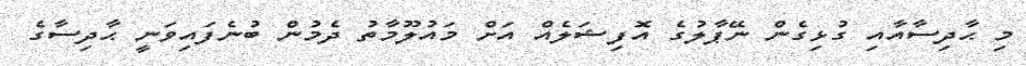
މި ޙާދިސާއާއި ގުޅިގެން ނޭޕާލުގެ އޮފިޝަލެއް އަށް މައުލޫމާތު ދެމުން ބުނެފައިވަނީ ޙާދިސާގެ